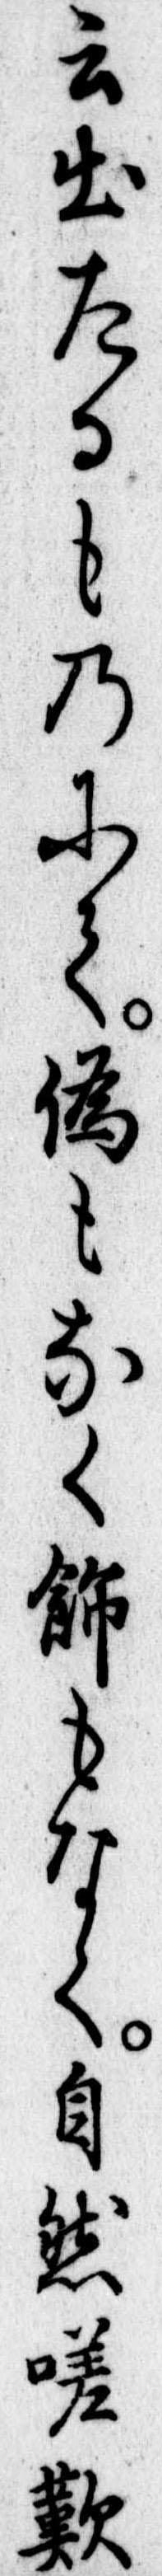
云出たるものにて偽もなく飾もなく自然嗟歎